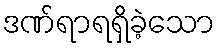
ဒဏ်ရာရရှိခဲ့သော